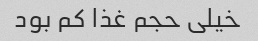
خیلی حجم غذا کم بود